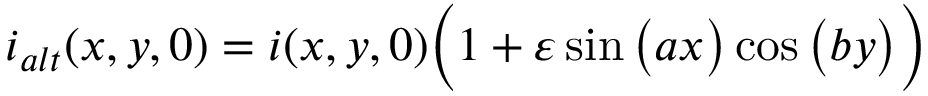
i _ { a l t } ( x , y , 0 ) = i ( x , y , 0 ) \Big ( 1 + \varepsilon \sin \big ( a x \big ) \cos \big ( b y \big ) \Big )